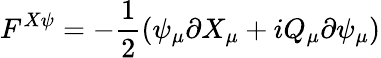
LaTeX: F^{X\psi}=-\frac{1}{2}(\psi_{\mu}\partial X_{\mu}+iQ_{\mu}\partial\psi_{\mu})